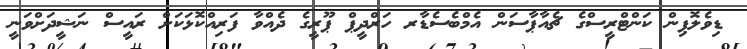
ޑިވެލޮޕިން ކަންޓްރީސްގެ ޗެއާޕާސަން އެމްބެސެޑާރ ހަރްދީޕް ޕޫރީގެ ދެއްވާ ފަރިއްކޮޅަކަށް ރައީސް ނަޝީދަށްވަނީ